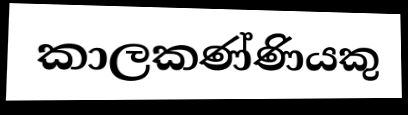
කාලකණ්ණියකු